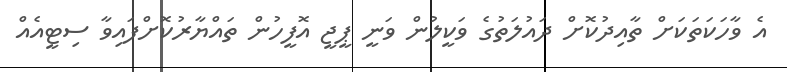
އެ ވާހަކަތަކަށް ތާއިދުކޮށް ދައުލަތުގެ ވަކީލުން ވަނީ ޕީޖީ އޮފީހުން ތައްޔާރުކޮށްފައިވާ ސިޓީއެއް